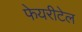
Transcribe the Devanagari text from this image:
फेयरीटेल